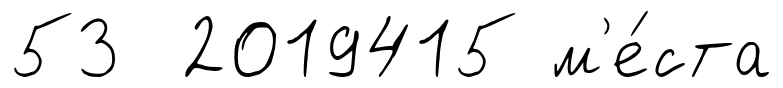
53 2019415 м'е́ста